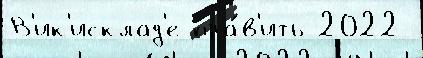
В'ик'исклад'е пра́в'ить 2022